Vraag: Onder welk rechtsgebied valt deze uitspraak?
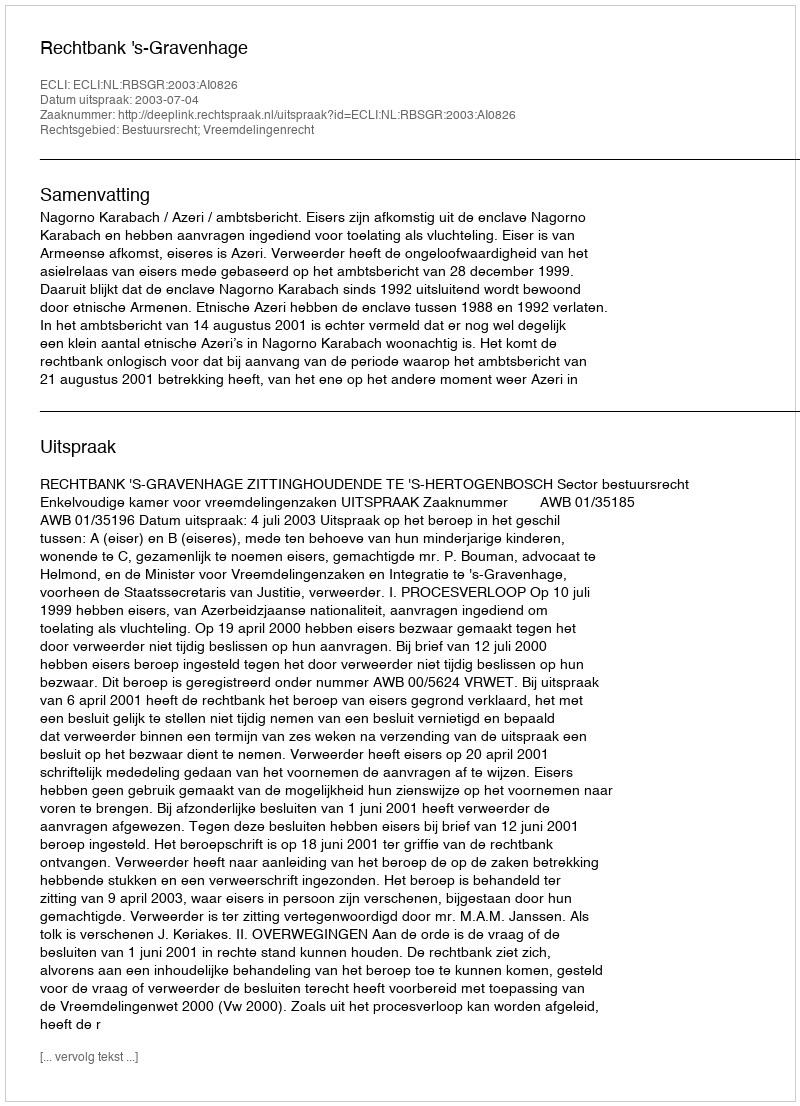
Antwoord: Bestuursrecht; Vreemdelingenrecht